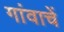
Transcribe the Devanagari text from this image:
गांवाचें